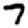
Digit: 7